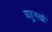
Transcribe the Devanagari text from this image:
बहुमखी